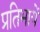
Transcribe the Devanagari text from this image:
प्रतिभायें